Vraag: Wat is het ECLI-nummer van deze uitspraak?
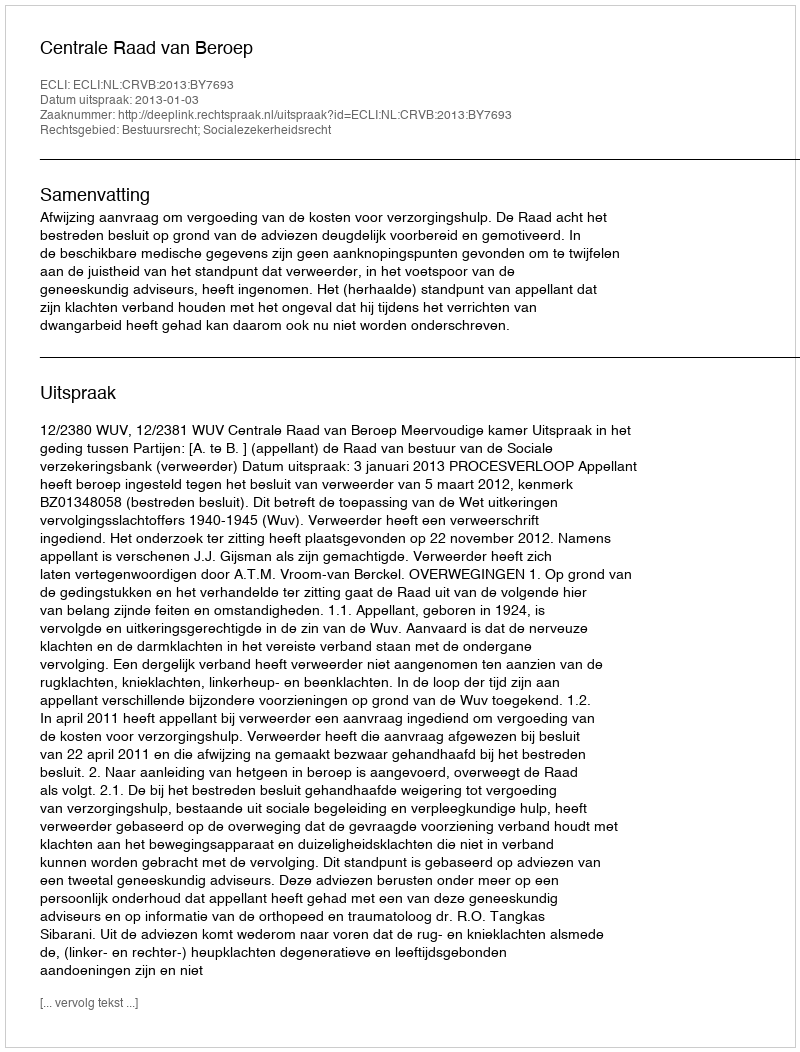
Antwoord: ECLI:NL:CRVB:2013:BY7693